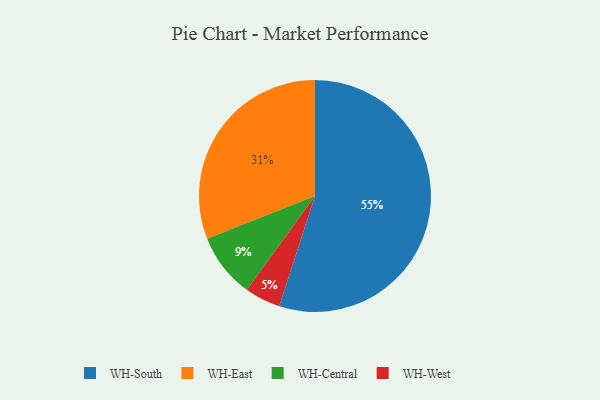
{"axis": {"x": "Category", "y": "Percentage"}, "legend": ["WH-Central", "WH-East", "WH-South", "WH-West"], "data": [{"x": "WH-West", "y": 5, "type": "WH-West"}, {"x": "WH-East", "y": 31, "type": "WH-East"}, {"x": "WH-Central", "y": 9, "type": "WH-Central"}, {"x": "WH-South", "y": 55, "type": "WH-South"}]}